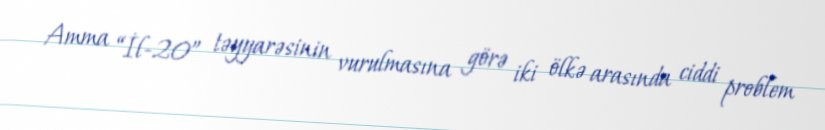
Amma “İl-20” təyyarəsinin vurulmasına görə iki ölkə arasında ciddi problem